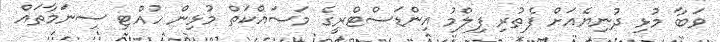
ވަބާ މުޅި ދުނިޔެއަށް ފެތުރި ފިލްމު އިންޑަސްޓްރީގެ މަސައްކަތް މުޅިން ހުއްޓި ސިނަމާތައް